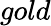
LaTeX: gold